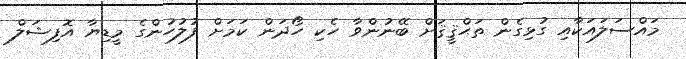
މައްސަލައަކާއި ގުޅިގެން ތަޙްޤީޤަށް ބޭނުންވާ ހެކި ހޯދަން ކަމަށް ފުލުހުންގެ މީޑިޔާ އޮފިޝަލް